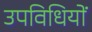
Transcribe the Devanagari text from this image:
उपविधियों